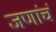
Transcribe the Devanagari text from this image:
जणांचं